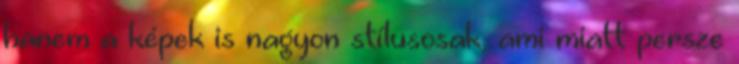
hanem a képek is nagyon stílusosak, ami miatt persze